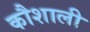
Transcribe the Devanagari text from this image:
कौशाली